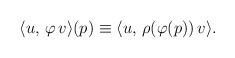
LaTeX: \begin{align*}\langle u,\, \varphi\, v \rangle (p) \equiv \langle u,\, \rho(\varphi(p))\,v\rangle. \end{align*}